Report on enteric fever
Disease focus: Fever
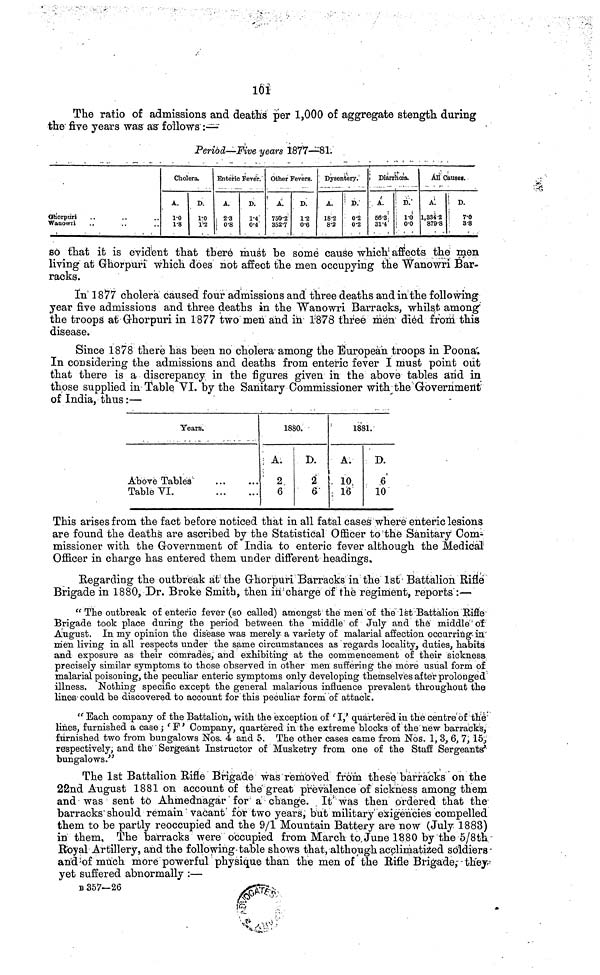
101
The ratio of admissions and deaths per 1,000 of aggregate stength during
the five years was as follows :—
Period—Five years 1877—81.
Ghorpuri
Wanown
Cholera.
A.
10
18
D
1 0
12
Enteric Fever.
A
2 3
i 08
D.
14
04
Other Fevers.
A.
750 2
352 7
D.
12
06
Dysentery.
A.
18 2
82
D.
02
02
Diarrhoea.
A.
56 3
31 4
D.
1 0
00
All Causes.
A.
1,334 2
879 8
D.
7
0
3 8
so that it is evident that there must be some cause which affects the men
living at Ghorpuri which does not affect the men occupying the Wanowri Bar-
racks.
In 1877 cholera caused four admissions and three deaths and in the following
year five admissions and three deaths in the Wanowri Barracks, whilst among
the troops at Grhorpuri in 1877 two men and in 1'878 three men died from this
disease.
Since 1878 there has been no cholera among the European troops in Poona.
In considering the admissions and deaths from enteric fever I must point out
that there is a discrepancy in the figures given in the above tables arid in
those supplied in Table VI. by the Sanitary Commissioner with the Government
of India, thus :—
Years,
Above Tables ... ...
Table
VI.
...
...
1880.
A.
2
6
D.
2
6
1881.
A.
10
16
D.
6
10
This arises from the fact before noticed that in all fatal cases where enteric lesions
are found the deaths are ascribed by the Statistical Officer to the Sanitary Com-
missioner with the Government of India to enteric fever although the Medical
Officer in charge has entered them under different headings,
Regarding the outbreak at the Ghorpuri Barracks in the 1st Battalion Rifle
Brigade in 1880, Dr. Broke Smith, then in charge of the regiment, reports :—
"The outbreak of enteric fever (so called) amongst the men of the 1st Battalion Rifle
Brigade took place during the period between the middle of July and the middle of
August. In my opinion the disease was merely a variety of malarial affection occurring in
men living in all respects under the same circumstances as regards locality, duties, habits
and exposure as their comrades, and exhibiting at the commencement of their sickness
precisely similar symptoms to those observed in other men suffering the more usual form of
malarial poisoning, the peculiar enteric symptoms only developing themselves after prolonged
illness. Nothing specific except the general malarious influence prevalent throughout the
lines could be discovered to account for this peculiar form of attack.
" Bach company of the Battalion, with the exception of 'I,' quartered in the centre of the
lines, furnished a case ', 'F' Company, quartered in the extreme blocks of the new barracks,
furnished two from bungalows Nos. 4 and 5. The other cases came from Nos. 1, 3, 6, 7, 15,
respectively, and the Sergeant Instructor of Musketry from one of the Staff Sergeants'
bungalows."
The 1st Battalion Rifle Brigade was removed from these barracks on the
22nd August 1881 on account of the great prevalence of sickness among them
and was sent to Ahmednagar for a change. It was then ordered that the
barracks should remain vacant for two years, but military exigencies compelled
them to be partly reoccupied and the 9/1 Mountain Battery are now (July 1883)
in them, The barracks were occupied from March to June 1880 by the 5/8th
Royal Artillery, and the following table shows that, although acclimatized soldiers
and of much more powerful physique than the men of the Rifle Brigade, they
yet suffered abnormally :—
B 357—26